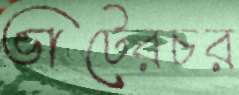
ভাটেরচর